38_143685_box7_Incident_Summaries_1-100
Agency: Department of War
Page 83
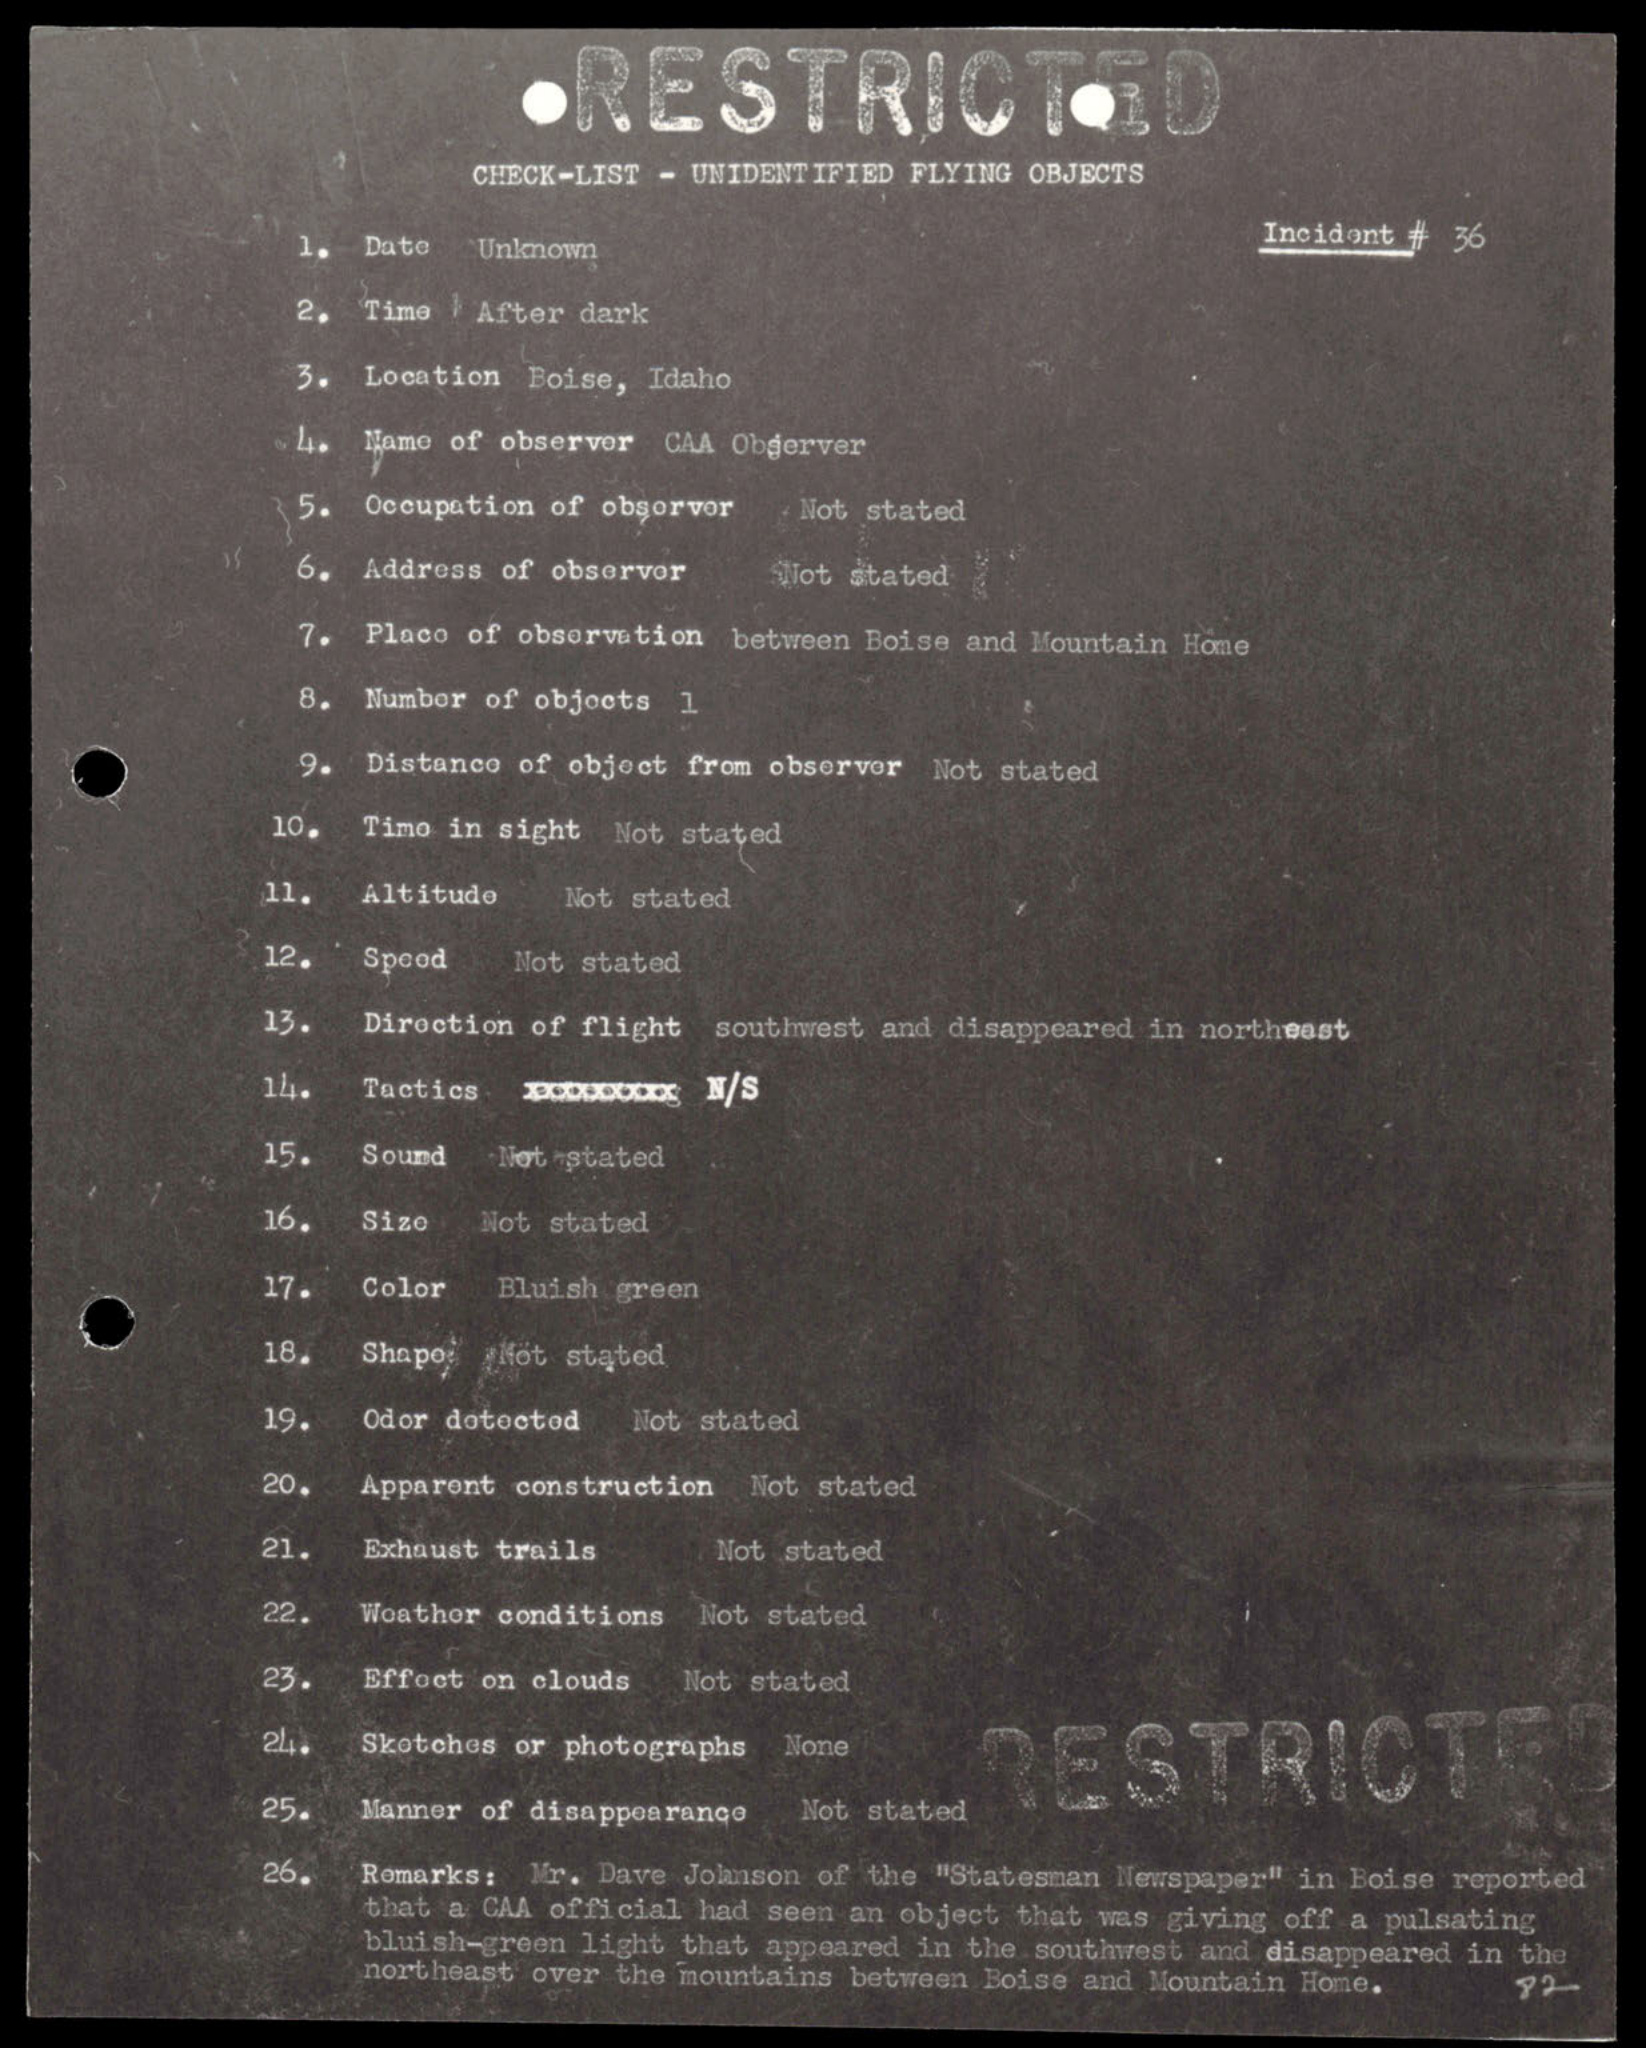